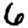
Digit: 6